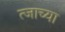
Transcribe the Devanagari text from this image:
त्जाच्या